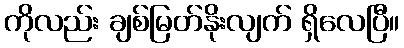
ကိုလည်း ချစ်မြတ်နိုးလျက် ရှိလေပြီ။